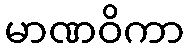
မာဏဝိကာ